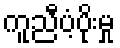
ကူညီပံ့ပိုးမှု